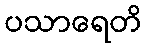
ပသာရေတိ